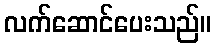
လက်ဆောင်ပေးသည်။